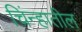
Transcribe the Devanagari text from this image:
चिंन्हातील